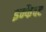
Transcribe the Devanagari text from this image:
इन्फैक्ट